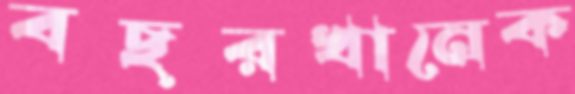
বছরখানেক